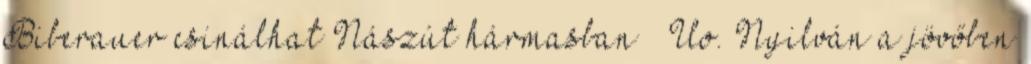
Biberauer csinálhat Nászút hármasban ” Uo. Nyilván a jövőben